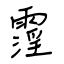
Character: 霪